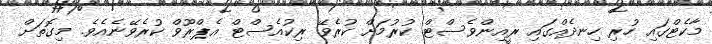
މާކެޓްގައި ހުރި ހިނދެއްގައި ރީއިންވެސްޓް ކުރުމަށް ކުރެވޭ ރިކުއެސްޓް އެޕްރޫވް ކުރެވޭނެއެވެ. މިގޮތަށް